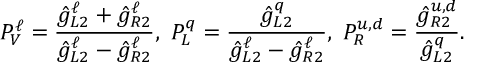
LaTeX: P _ { V } ^ { \ell } = \frac { \hat { g } _ { L 2 } ^ { \ell } + \hat { g } _ { R 2 } ^ { \ell } } { \hat { g } _ { L 2 } ^ { \ell } - \hat { g } _ { R 2 } ^ { \ell } } , \ P _ { L } ^ { q } = \frac { \hat { g } _ { L 2 } ^ { q } } { \hat { g } _ { L 2 } ^ { \ell } - \hat { g } _ { R 2 } ^ { \ell } } , \ P _ { R } ^ { u , d } = \frac { \hat { g } _ { R 2 } ^ { u , d } } { \hat { g } _ { L 2 } ^ { q } } .